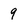
Character: 9